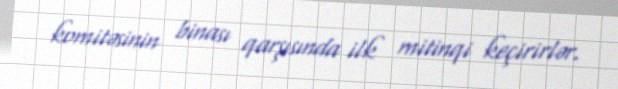
komitəsinin binası qarşısında ilk mitinqi keçirirlər.